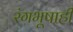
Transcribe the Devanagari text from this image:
रंगभूषाही